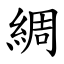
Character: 綢